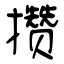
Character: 攒